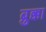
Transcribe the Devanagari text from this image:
ब्रुक्का